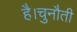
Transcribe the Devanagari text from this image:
है।चुनौती